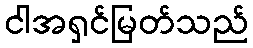
ငါအရှင်မြတ်သည်